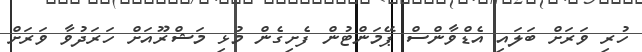
ހުރި ވަރަށް ބަލައި އެޑްވާންސް ޕޭމަންޓުން ފެށިގެން މުޅި މަޝްރޫއަށް ހަރަދުވާ ވަރަށް